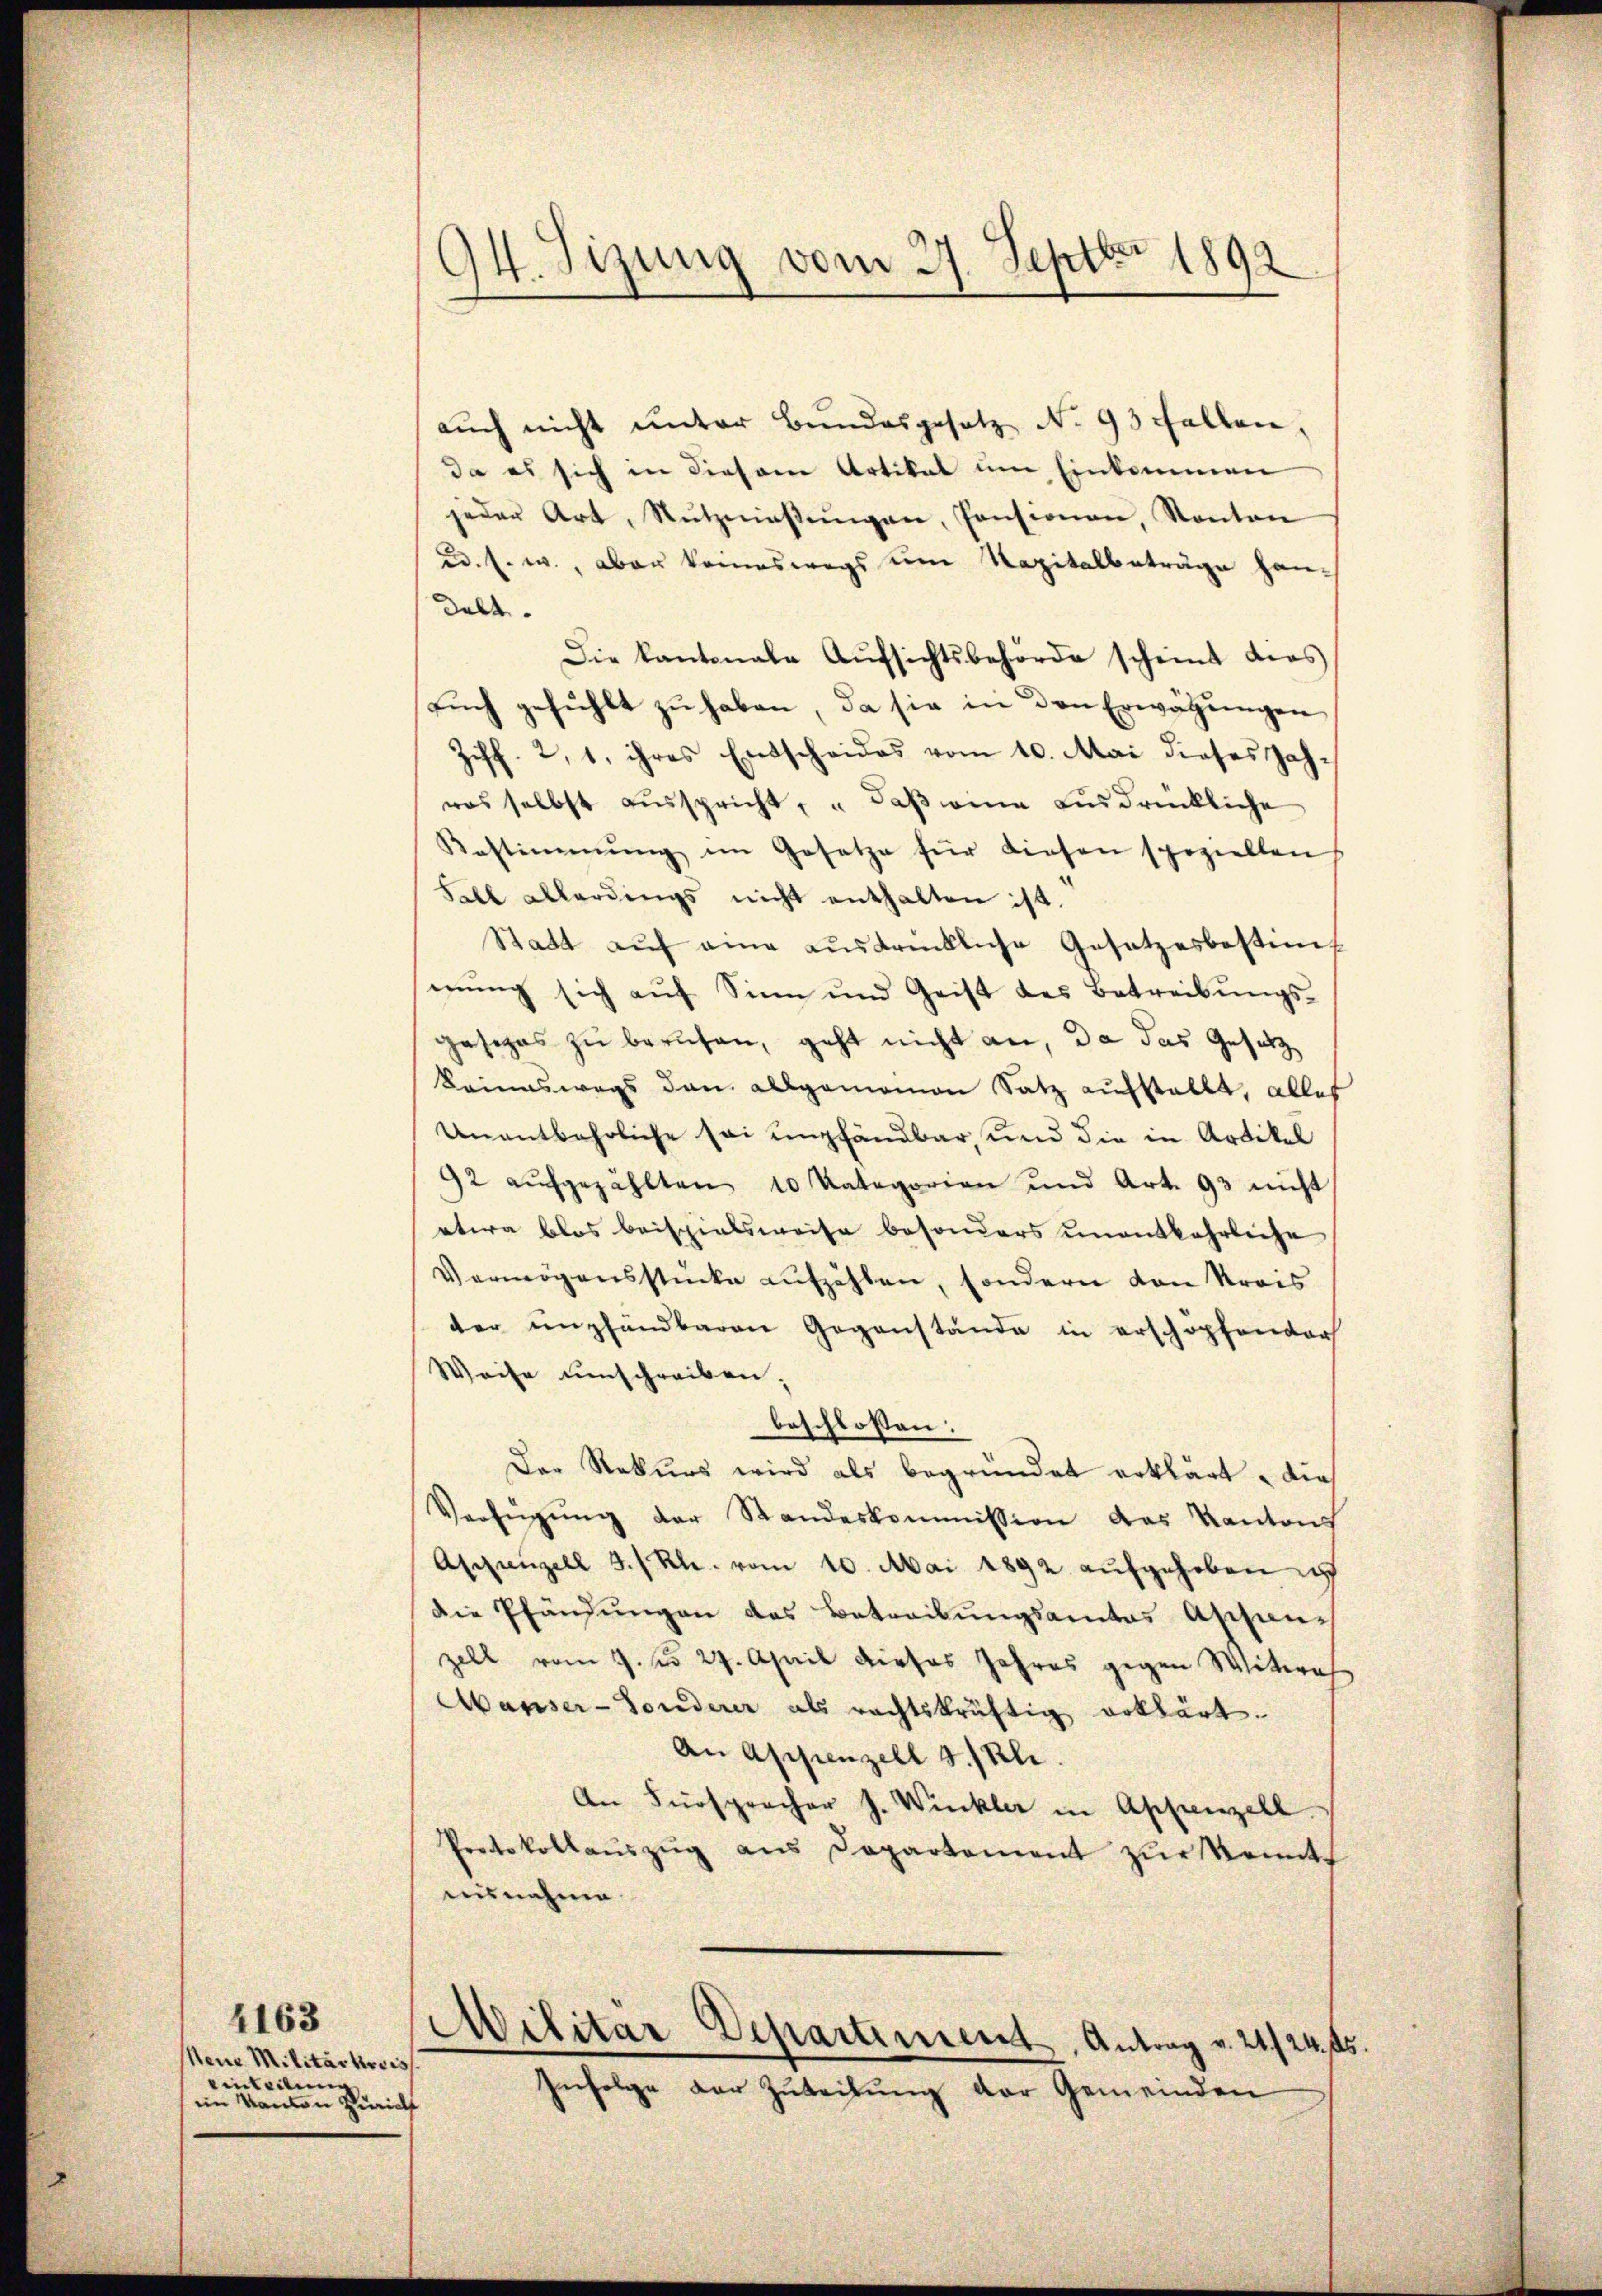
Meine Militärkreis
einteilung
im Kanton Zürich

4163

94. Sizung vom 27. Septbr 1892

auch nicht unter Bundesgesetz No. 93 Fallen,
da es sich in diesem Artikal um Einkommen
jeder Art, Nŭtznieβŭngen, Pensionen, Kanton
ud. s. w., aber kommeswegs um Kapitalbeträge handelt.
Die kantonale Aŭfsichtsbehörde scheint dies
aŭch gefühlt zŭ haben, da sie in den Erwägŭngen
Ziff. 2, 1. ihres Entscheides vom 10. Mai dieses Jahras selbst aŭsspricht, daβ eine ausdrückliche
Bestimmung im Gesetze für diesen spezielten
Fall allerdings nicht enthalten ist.
Statt auf eine ausdrückliche Gesetzesbestimmŭng sich aŭf Sinn und Geist des Betreibŭngs-
gesezes zu beruhen, geht nicht an, da das Gesetz
keineswegs den allgemeinen Satz aufstellt, alles
Unentbehrliche sei empfändbar, und die in Artikel
92 aŭfgezählten 10 Kategorien und Art. 93 nicht
etwa blos beispielsweise besonders unentbehrliche
Vermögensstücke aufzählen, sondern von Kreis
der unpfandbaren Gegenstände in erschöpfender
Weise umschreiben,
beschlossen:
Der Rekurs wird als begründet erklärt, die
Verfügŭng der Standeskommission das Kantons
Appenzell I/Rh. vom 10. Mai 1892. aŭfgehoben ich
die Pfändungen das Betreibungsamtes Appen-
zell vom 7. No 27. April dieses Jahres gegen Witwe
Marser-Sonderer als rechtskräftig erklärt.
An Appenzell 3. Kl.
An Fürspracher J. Winkler in Appenzell
Protokollaŭszŭg ans Departement zŭr konnt
eusnahme
Militar Departement, Antrag v. 21./24. ds.
Infolge der Zuteilung der Gemeinden